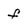
Character: f